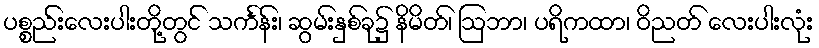
ပစ္စည်းလေးပါးတို့တွင် သင်္ကန်း၊ ဆွမ်းနှစ်ခု၌ နိမိတ်၊ ဩဘာ၊ ပရိကထာ၊ ဝိညတ် လေးပါးလုံး